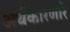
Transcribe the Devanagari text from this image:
अर्थकारणारे